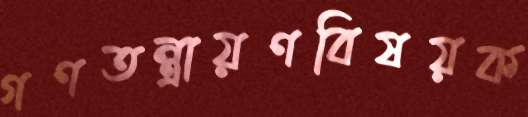
গণতন্ত্রায়ণবিষয়ক